Bulletin of the Pasteur Institute of Southern India, Coonoor - No. 3.
Year: 1910
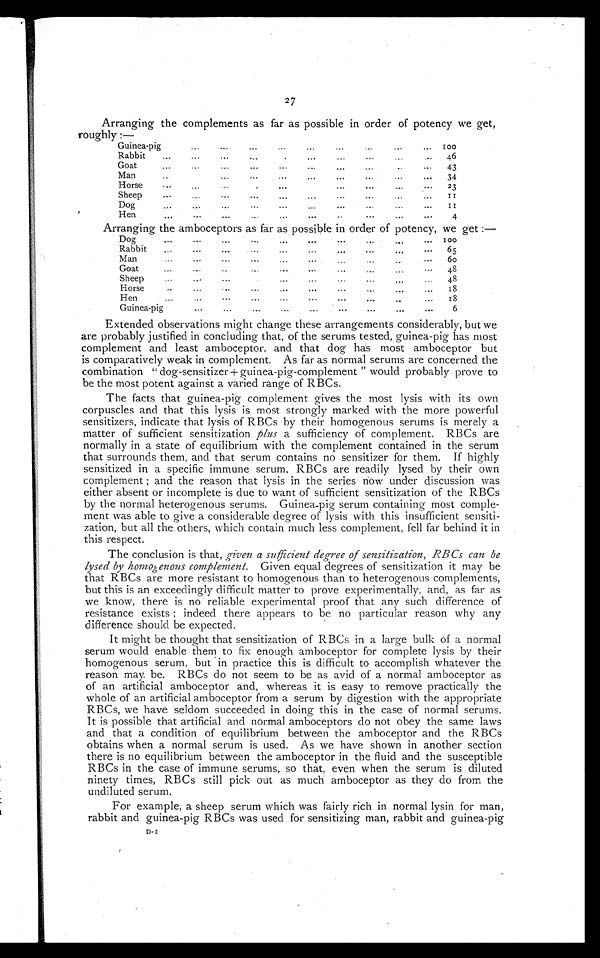
2 7
Arranging the complements as far as possible in order of potency we get,
roughly :—
Guinea-pig
Rabbit
Goat
Man
Horse
Sheep
Do
He
...
...
...
...
...
...
...
...
...
...
...
...
...
...
...
...
...
...
...
...
...
...
...
...
...
...
....
.
...
...
...
...
...
...
...
...
...
...
...
...
...
...
...
...
...
. . .
..
...
. . .
...
...
...
. . .
. . .
...
...
..
. . .
...
...
. . .
. . .
...
...
...
...
. . .
...
...
. . .
1 0 0
46
43
34
2 3
1 1
1 1
Arranging the amboceptors as far as possible in order of potency, we get :—
Dog
...
Rabbit
...
Man
Goat
...
Sheep
Horse
..
Hen
...
Guinea-pig
...
...
..
...
...
.. .
...
...
...
..
...
...
...
...
...
..
...
...
...
...
...
. .
.
..
..
. . .
...
...
. . .
...
...
...
.
...
...
...
...
. . .
...
. . .
...
...
. .
...
...
. . .
.,,
...
...
. . .
. . .
.. .
...
...
..
. . .
. . .
...
...
. . .
...
. . .
100
65
6 0
48
48
18
18
6
Extended observations might change these arrangements considerably, but we
are probably justified in concluding that, of the serums tested, guinea-pig has most
complement and least amboceptor, and that dog has most amboceptor but
is comparatively weak in complement. As far as normal serums are concerned the
combination " dog-sensitizer + guinea-pig-complement " would probably prove to
be the most potent against a varied range of RBCs.
The facts that guinea-pig complement gives the most lysis with its own
corpuscles and that this lysis is most strongly marked with the more powerful
sensitizers, indicate that lysis of RBCs by their homogenous serums is merely a
matter of sufficient sensitization pins a sufficiency of complement. RBCs are
normally in a state of equilibrium with the complement contained in the serum
that surrounds them, and that serum contains no sensitizer for them. If highly
sensitized in a specific immune serum, RBCs are readily lysed by their own
complement ; and the reason that lysis in the series now under discussion was
either absent or incomplete is due to want of sufficient sensitization of the RBCs
by the normal heterogenous serums. Guinea-pig serum containing most comple-
ment was able to give a considerable degree of lysis with this insufficient sensiti-
zation, but all the others, which contain much less complement, fell far behind it in
this respect.
The conclusion is that, given a sufficient degree of sensitization, RBCs can be
lysed by homogenous complement. Given equal degrees of sensitization it may be
that RBCs are more resistant to homogenous than to heterogenous complements,
but this is an exceedingly difficult matter to prove experimentally, and, as far as
we know, there is no reliable experimental proof that any such difference of
resistance exists ; indeed there appears to be no particular reason why any
difference should be expected.
It might be thought that sensitization of RBCs in a large bulk of a normal
serum would enable them to fix enough amboceptor for complete lysis by their
homogenous serum, but in practice this is difficult to accomplish whatever the
reason may be. RBCs do not seem to be as avid of a normal amboceptor as
of an artificial amboceptor and, whereas it is easy to remove practically the
whole of an artificial amboceptor from a serum by digestion with the appropriate
RBCs, we have seldom succeeded in doing this in the case of normal serums.
It is possible that artificial and normal amboceptors do not obey the same laws
and that a condition of equilibrium between the amboceptor and the RBCs
obtains when a normal serum is used. As we have shown in another section
there is no equilibrium between the amboceptor in the fluid and the susceptible
RBCs in the case of immune serums, so that, even when the serum is diluted
ninety times, RBCs still pick out as much amboceptor as they do from the
undiluted serum.
For example, a sheep serum which was fairly rich in normal lysin for man,
rabbit and guinea-pig RBCs was used for sensitizing man, rabbit and guinea-pig
D- I